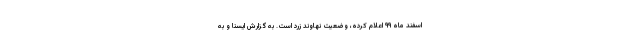
اسفند ماه ۹۹ اعلام کرده، وضعیت نهاوند زرد است. به گزارش ایسنا و به